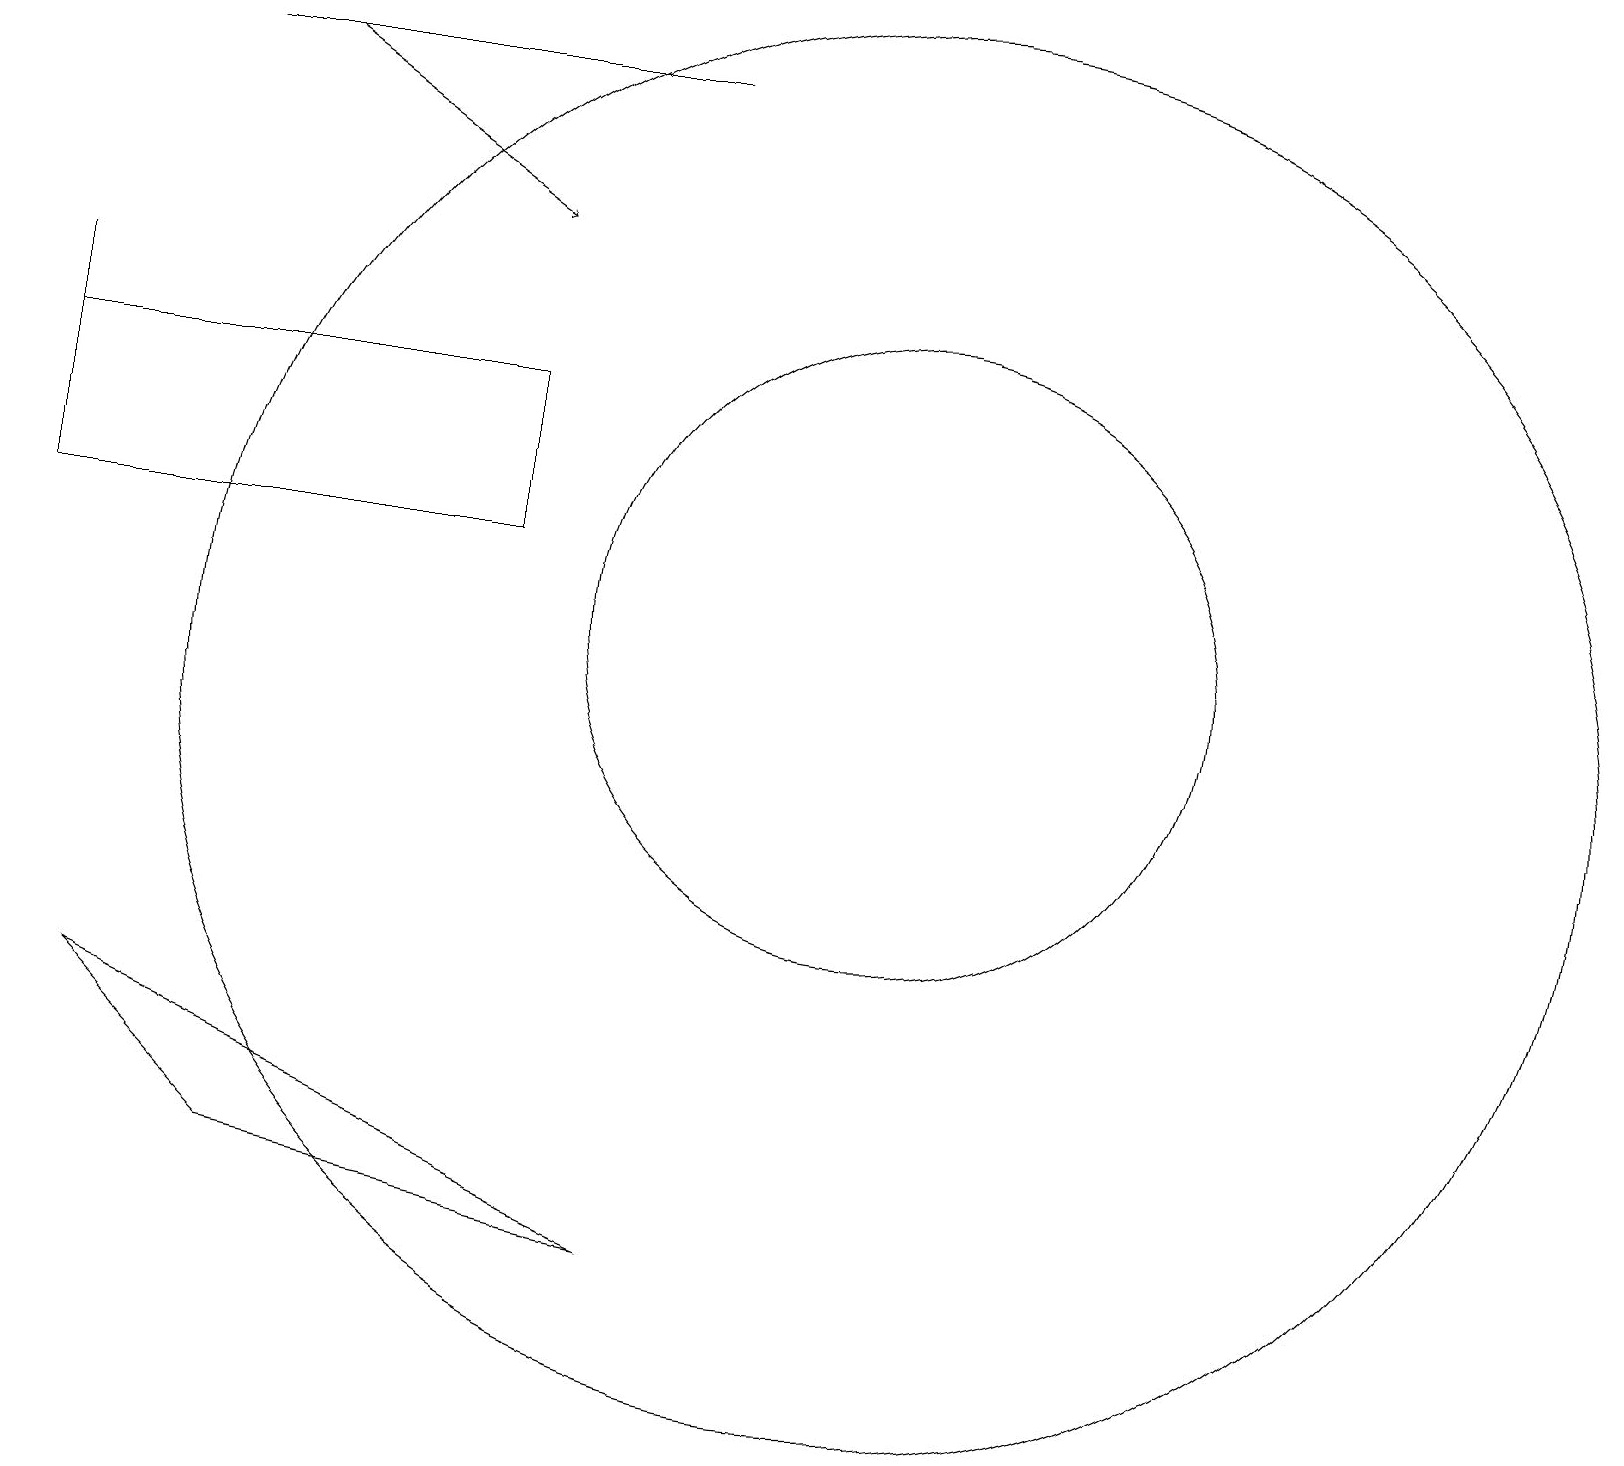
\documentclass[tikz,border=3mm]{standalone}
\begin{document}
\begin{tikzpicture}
\draw (9,19) rectangle (3,19);
\draw (1,15) rectangle (7,13);
\draw[->] (4,19) -- (7,17);
\draw (1,16) rectangle (1,13);
\draw (12,11) circle (9);
\draw (12,12) circle (4);
\draw (9,4) -- (4,5) -- (2,7) -- cycle;
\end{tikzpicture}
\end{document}